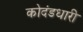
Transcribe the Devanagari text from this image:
कोदंडधारी